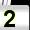
Digit: 2